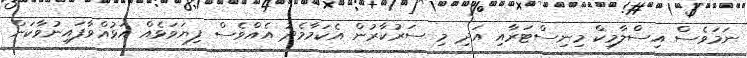
ނަމަވެސް އިސްލާމިކް މިނިސްޓަރާއި އަދި މި ސަރުކާރުން އެކަމާމެދު އެއްވެސް ފިޔަވަޅެއް އަޅުއްވާފައިނުވާކަން